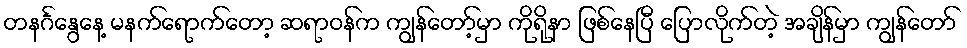
တနင်္ဂနွေနေ့ မနက်ရောက်တော့ ဆရာဝန်က ကျွန်တော့်မှာ ကိုရိုနာ ဖြစ်နေပြီ ပြောလိုက်တဲ့ အချိန်မှာ ကျွန်တော်